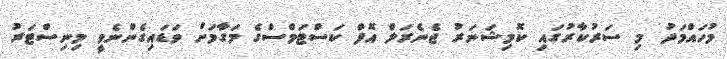
މުހައްމަދު މި ސަރުކާރުގައި ކޮމިޝަނަރު ޖެނެރަލް އޮފް ކަސްޓަމްސްގެ މަގާމަށް ވަޑައިގެންނެވީ މިނިސްޓަރު